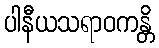
ပါနီယသရာဝကန္တိ